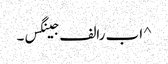
^ ا ب رالف جینگس۔